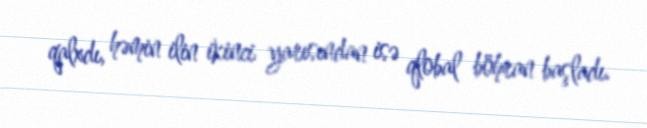
qalxdı, həmin ilin ikinci yarısından isə qlobal böhran başladı.